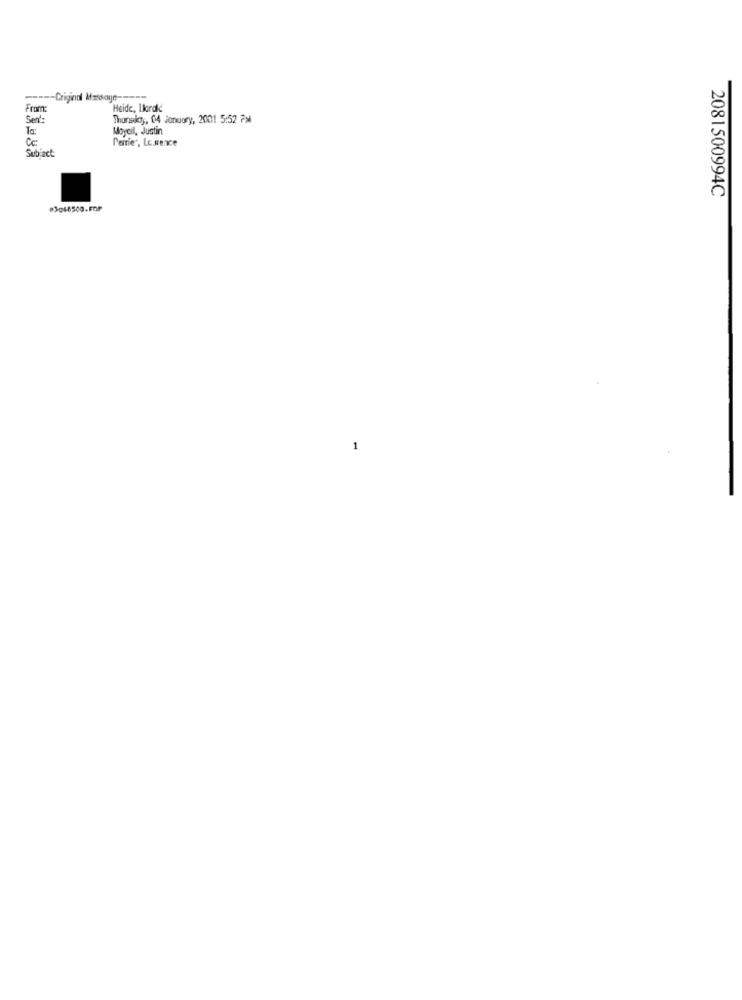
-Criginal Message-
From:
Heide, Ilorak
Sent:
Thunsko ,, 04 January, 2001 5:52 PM
To:
Moyeil, Justin
Perrier, Lc.wence
Subiact
2081500994C
#3048500.F0F
1